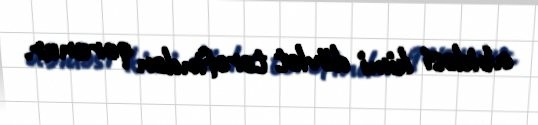
abidəsi kimi dövlət tərəfindən qorunur.